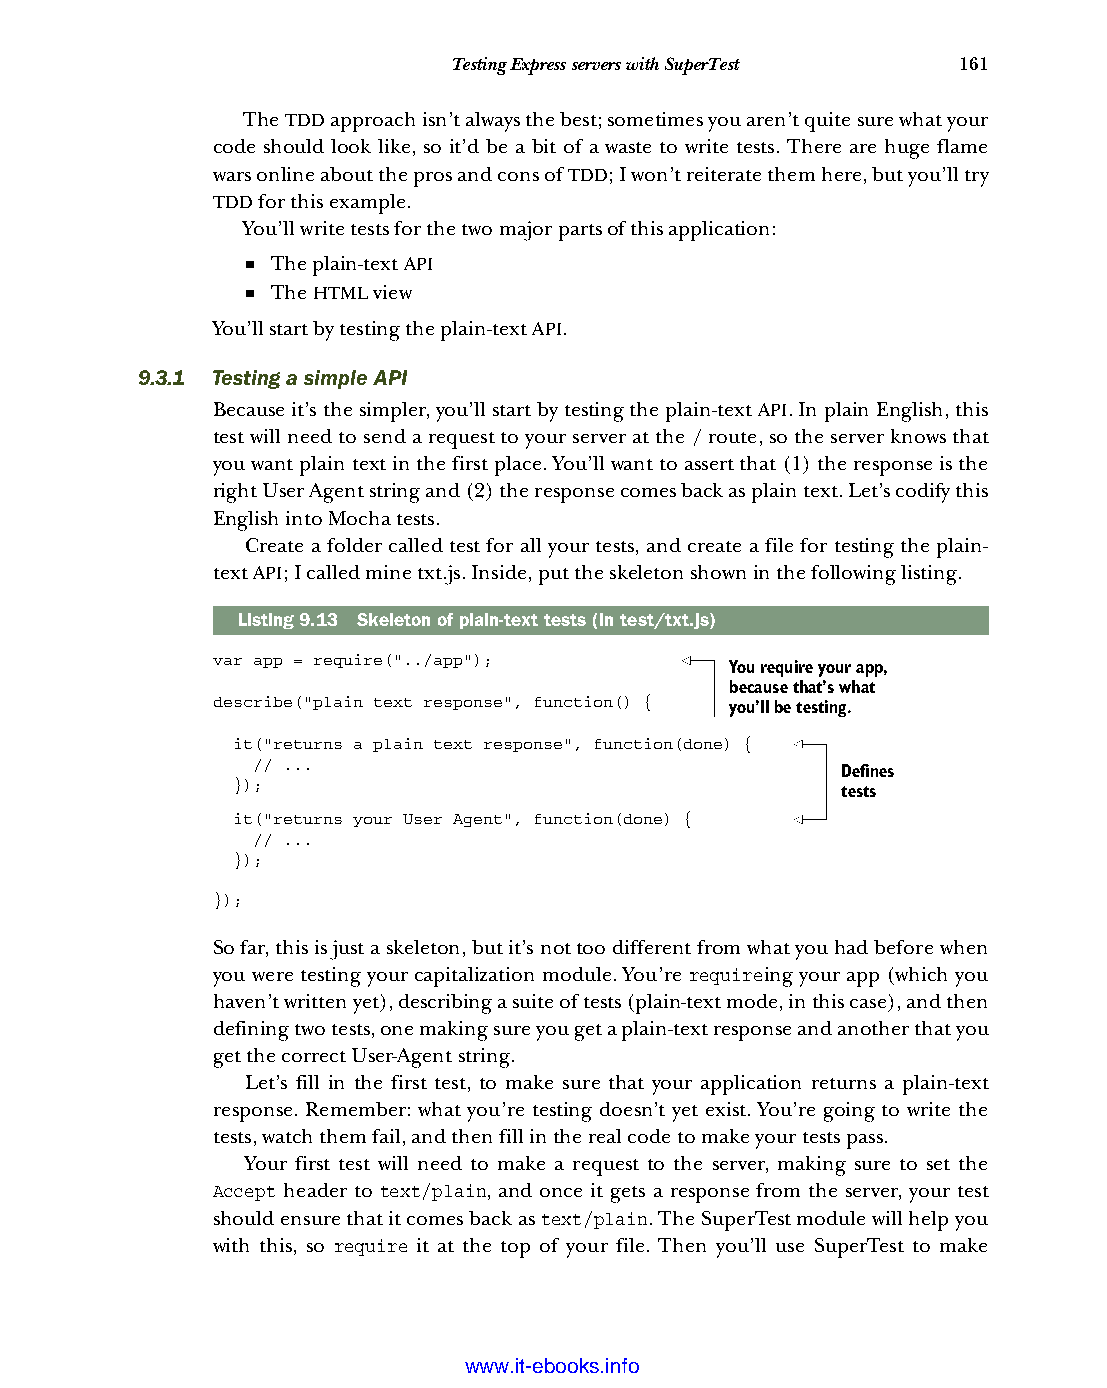
Testing Express servers with SuperTest 161
 The TDD approach isn’t always the best; sometimes you aren’t quite sure what your
 code should look like, so it’d be a bit of a waste to write tests. There are huge flame
 wars online about the pros and cons of TDD; I won’t reiterate them here, but you’ll try
 TDD for this example.
 You’ll write tests for the two major parts of this application:
 ■ The plain-text API
 ■ The HTML view
 You’ll start by testing the plain-text API.
 9.3.1 Testing a simple API
 Because it’s the simpler, you’ll start by testing the plain-text API. In plain English, this
 test will need to send a request to your server at the / route, so the server knows that
 you want plain text in the first place. You’ll want to assert that (1) the response is the
 right User Agent string and (2) the response comes back as plain text. Let’s codify this
 English into Mocha tests.
 Create a folder called test for all your tests, and create a file for testing the plain-
 text API; I called mine txt.js. Inside, put the skeleton shown in the following listing.
 Listing9.13 Skeleton of plain-text tests (in test/txt.js)
 var app = require("../app");
 You require your app,
 because that’s what
 describe("plain text response", function() { you’ll be testing.
 it("returns a plain text response", function(done) {
 // ...
 Defines
 });
 tests
 it("returns your User Agent", function(done) {
 // ...
 });
 });
 So far, this is just a skeleton, but it’s not too different from what you had before when
 you were testing your capitalization module. You’re requireing your app (which you
 haven’t written yet), describing a suite of tests (plain-text mode, in this case), and then
 defining two tests, one making sure you get a plain-text response and another that you
 get the correct User-Agent string.
 Let’s fill in the first test, to make sure that your application returns a plain-text
 response. Remember: what you’re testing doesn’t yet exist. You’re going to write the
 tests, watch them fail, and then fill in the real code to make your tests pass.
 Your first test will need to make a request to the server, making sure to set the
 Accept header to text/plain, and once it gets a response from the server, your test
 should ensure that it comes back as text/plain. The SuperTest module will help you
 with this, so require it at the top of your file. Then you’ll use SuperTest to make
 Licensed wtow w <.mit-ielebro.8o8k8s@.ingfomail.com>